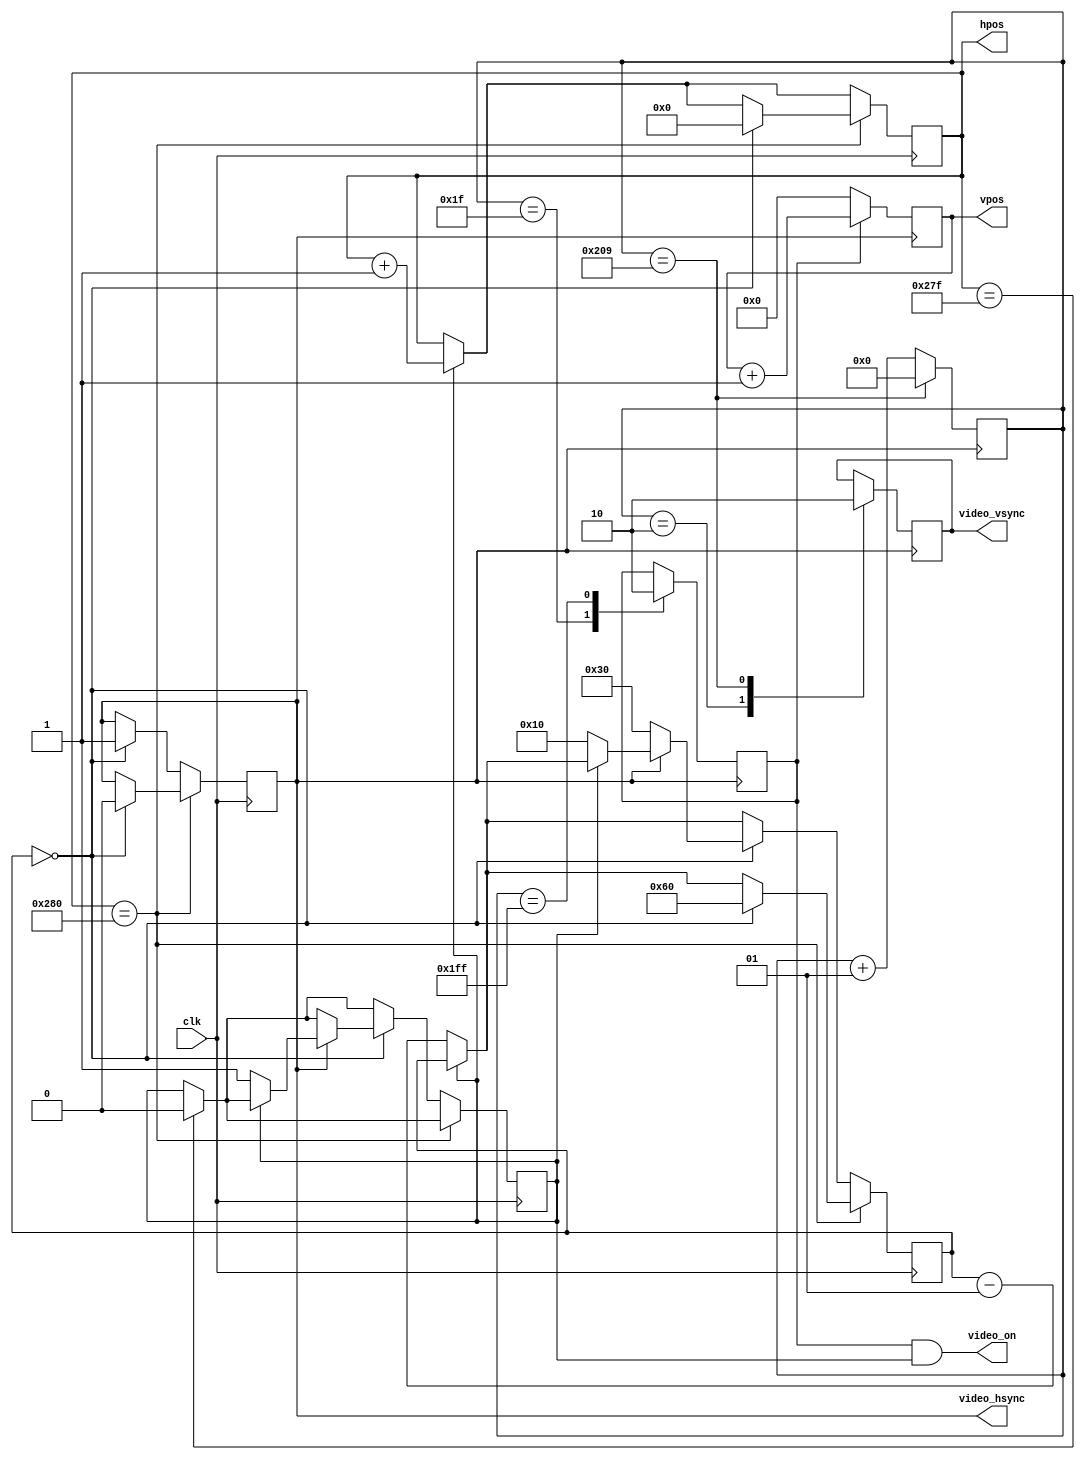
module video_counters(
		input clk,
		output reg video_vsync = 1,
		output reg video_hsync = 1,
		output video_on,
		output reg [10:1] hpos = 0,
		output reg [9:1] vpos = 0);
		
	integer hcnt = 0, vcnt = 0;

	reg video_von = 0, video_hon = 0;
	assign video_on = video_von & video_hon;
		
	always @(posedge video_hsync) begin
		vcnt <= vcnt + 1;
		vpos <= video_von?vpos + 1: 0;
		case (vcnt)
		2: video_vsync = 1;
		31: video_von = 1;
		511: video_von = 0;
		521: begin vcnt <=0; video_vsync = 0; end
		endcase
	end

	always @(posedge clk) begin
		if (!video_hon) hcnt <= hcnt - 1;
		else hpos <= hpos + 1;
		
		if (hpos == 639) video_hon <= 0;
		
		if (hpos == 640) begin
			if (!hcnt) begin
				hcnt <= 96;
				video_hsync <= 0;
				hpos <= 0;
			end
		end else if (!hcnt) begin
			if (!video_hsync) begin
				video_hsync <= 1;
				hcnt <= 48;
			end else if (!video_hon) begin
				video_hon <= 1;
				hcnt <= 16;
			end
		end
	end
endmodule